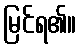
မြင်ရ၏။